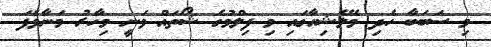
މި ސަބަބާ ހެދި މެލޭޝިއާގައި މި ފިލްމުގެ ޝޯތައް ވަނީ މިހާރު މަނާވެފަ